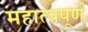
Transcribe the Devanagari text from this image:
महात्यपूर्ण